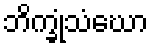
ဘိက္ခုံသံဃော